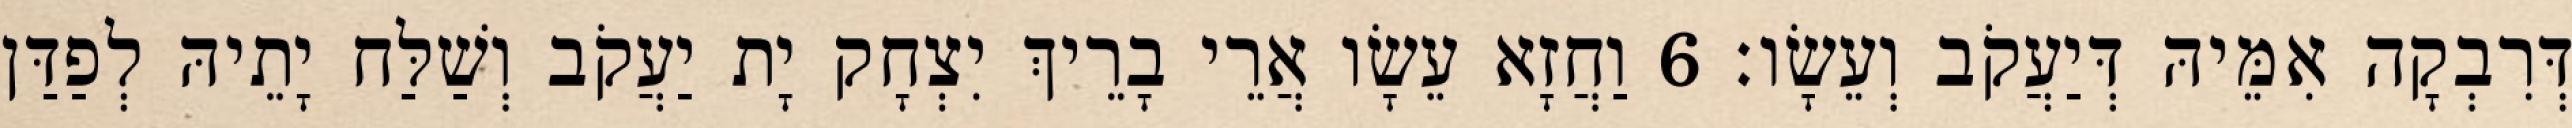
דְּרִבְקָה אִמֵּיהּ דְּיַעֲקֹב וְעֵשָׂו׃ 6 וַחֲזָא עֵשָׂו אֲרֵי בָרֵיךְ יִצְחָק יָת יַעֲקֹב וְשַׁלַּח יָתֵיהּ לְפַדַּן